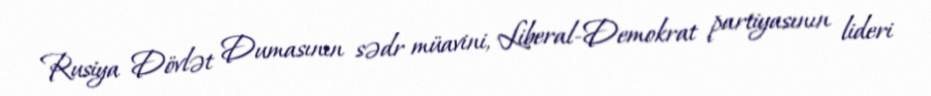
Rusiya Dövlət Dumasının sədr müavini, Liberal-Demokrat partiyasının lideri